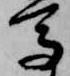
馬